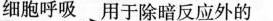
\xrightarrow{细胞呼吸}用于除暗反应外的